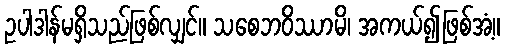
ဥပါဒါန်မရှိသည်ဖြစ်လျှင်။ သစေဘဝိဿာမိ၊ အကယ်၍ဖြစ်အံ့။